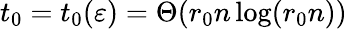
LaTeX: t_{0}=t_{0}(\varepsilon)=\Theta(r_{0}n\log(r_{0}n))